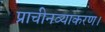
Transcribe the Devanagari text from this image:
प्राचीनव्याकरण।